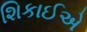
શિકાઈએ